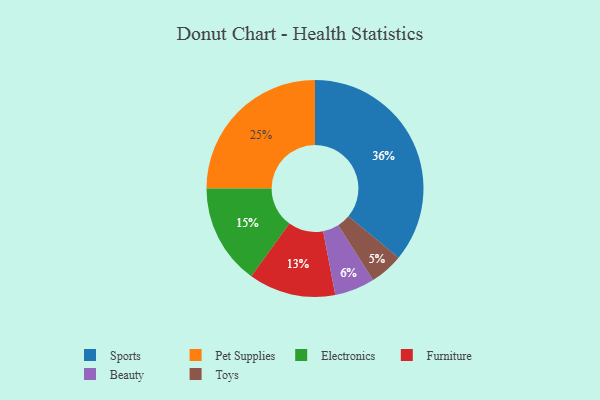
{"axis": {"x": "Category", "y": "Percentage"}, "legend": ["Beauty", "Electronics", "Furniture", "Pet Supplies", "Sports", "Toys"], "data": [{"x": "Electronics", "y": 15, "type": "Electronics"}, {"x": "Sports", "y": 36, "type": "Sports"}, {"x": "Toys", "y": 5, "type": "Toys"}, {"x": "Furniture", "y": 13, "type": "Furniture"}, {"x": "Beauty", "y": 6, "type": "Beauty"}, {"x": "Pet Supplies", "y": 25, "type": "Pet Supplies"}]}